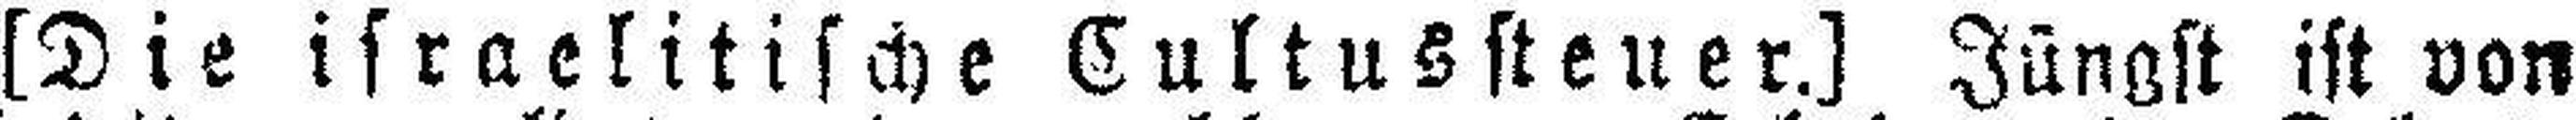
[Die israelitische Cultussteuer.] Jüngst ist von